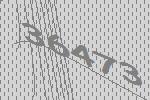
36473